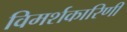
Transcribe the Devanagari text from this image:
विमर्शकारिणी